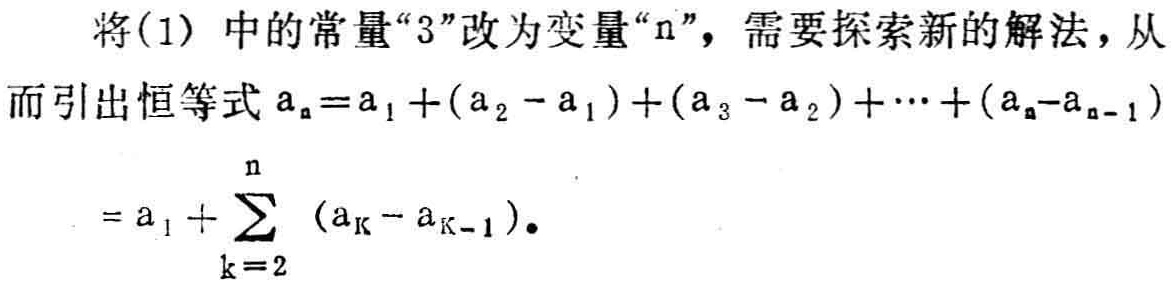
将(1) 中的常量“3”改为变量“n”，需要探索新的解法，从而引出恒等式 \(a_{n}=a_{1}+(a_{2}-a_{1})+(a_{3}-a_{2})+\cdots+(a_{n}-a_{n - 1})\)

\(=a_{1}+\sum_{k = 2}^{n}(a_{k}-a_{k - 1})\)。